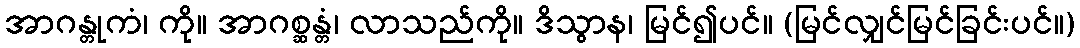
အာဂန္တုကံ၊ ကို။ အာဂစ္ဆန္တံ၊ လာသည်ကို။ ဒိသွာန၊ မြင်၍ပင်။ (မြင်လျှင်မြင်ခြင်းပင်။)